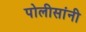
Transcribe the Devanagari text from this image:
पोलीसांनी